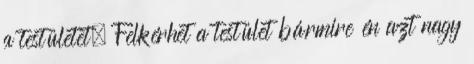
a testületet. Felkérhet a testület bármire én azt nagy